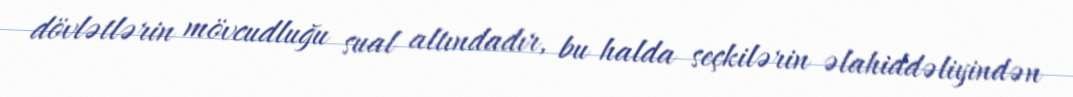
dövlətlərin mövcudluğu sual altındadır, bu halda seçkilərin əlahiddəliyindən